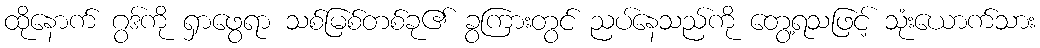
ထိုနောက် ဂွဒ်ကို ရှာဖွေရာ သစ်မြစ်တစ်ခု၏ ခွကြားတွင် ညပ်နေသည်ကို တွေ့ရသဖြင့် သုံးယောက်သား